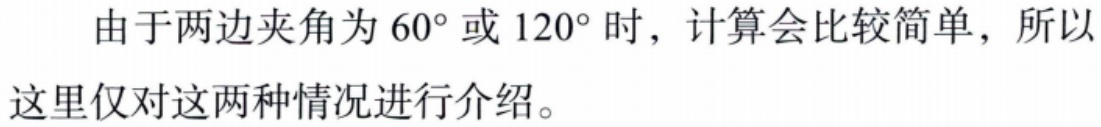
由于两边夹角为 \(60^{\circ}\) 或 \(120^{\circ}\) 时，计算会比较简单，所以这里仅对这两种情况进行介绍。